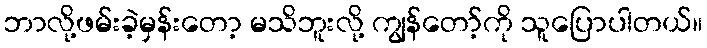
ဘာလို့ဖမ်းခဲ့မှန်းတော့ မသိဘူးလို့ ကျွန်တော့်ကို သူပြောပါတယ်။